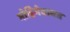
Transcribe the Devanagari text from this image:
मोहिमेबाबत